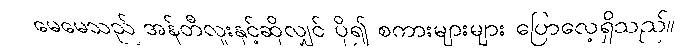
မေမေသည် အန်တီလူးနှင့်ဆိုလျှင် ပို၍ စကားများများ ပြောလေ့ရှိသည်။